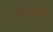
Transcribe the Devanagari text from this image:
गंगोदक